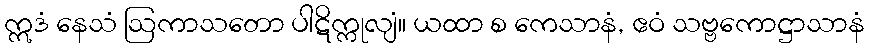
ဣဒံ နေသံ ဩကာသတော ပါဋိက္ကုလျံ။ ယထာ စ ကေသာနံ, ဧဝံ သဗ္ဗကောဋ္ဌာသာနံ